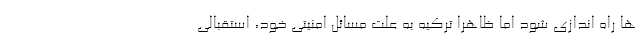
ها راه اندازی شود اما ظاهرا ترکیه به علت مسائل امنیتی خود، استقبالی